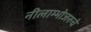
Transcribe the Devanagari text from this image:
नीलाम्भोजरुचे